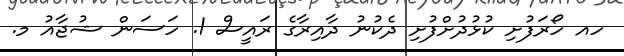
ހއ ހޯރަފުށި ކުޅުދުށްފުށި ދެކުނު ދާއިރާގެ ރައީސް 1. ހަސަން ޝުޖާއު މ.